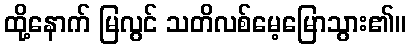
ထို့နောက် မြလွင် သတိလစ်မေ့မြောသွား၏။